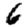
Digit: 6